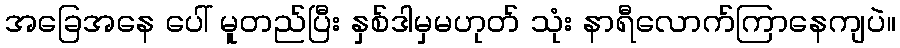
အခြေအနေ ပေါ် မူတည်ပြီး နှစ်ဒါမှမဟုတ် သုံး နာရီလောက်ကြာနေကျပဲ။